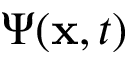
\Psi ( \mathbf { x } , t )